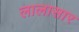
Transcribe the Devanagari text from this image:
लालासार